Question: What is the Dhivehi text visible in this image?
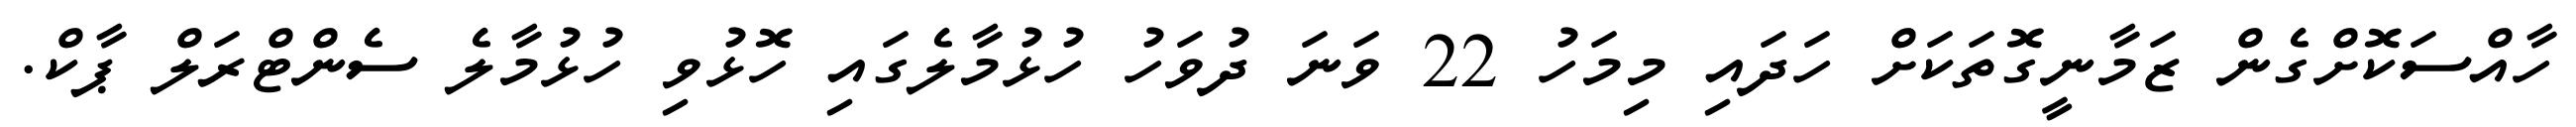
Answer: ހާއްސަކޮށްގެން ޒަމާނީގޮތަކަށް ހަދައި މިމަހު 22 ވަނަ ދުވަހު ހުޅުމާލެގައި ހޮޅުވި ހުޅުމާލެ ސެންޓްރަލް ޕާކް.